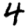
Digit: 4